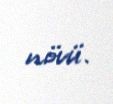
növü.